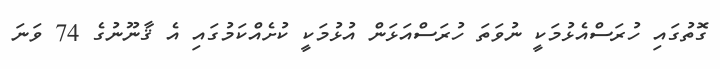
ގޮތުގައި ހުރަސްއެޅުމަކީ ނުވަތަ ހުރަސްއަޅަން އުޅުމަކީ ކުށެއްކަމުގައި އެ ޤާނޫނުގެ 74 ވަނަ